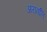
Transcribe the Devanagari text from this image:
अरावलि